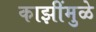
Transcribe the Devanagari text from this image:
काझींमुळे